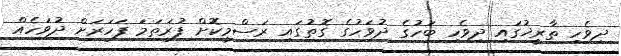
ދިވެހި ތާރީޚުގައި ދިވެހި ބަހުގެ ދުވަހުގެ ގޮތުގައި ރަސްމީކޮށް ފުރަތަމަ ފަހަރަށް ދުވަހެއް